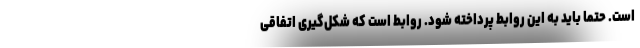
است. حتما باید به این روابط پرداخته شود. روابط است که شکل‌گیری اتفاقی